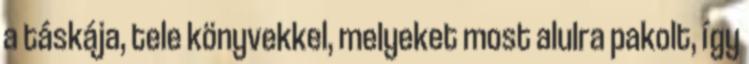
a táskája, tele könyvekkel, melyeket most alulra pakolt, így